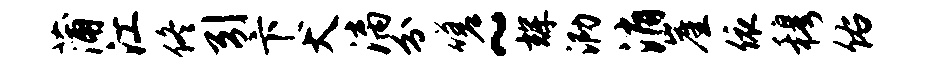
蒲江佟引卞犬漓分嗟~辉泐消崖依穆佑